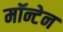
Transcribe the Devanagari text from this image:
मॉन्टेन